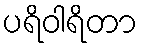
ပရိဝါရိတာ